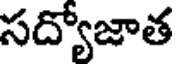
సద్యోజాత